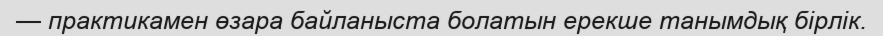
— практикамен өзара байланыста болатын ерекше танымдық бірлік.